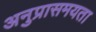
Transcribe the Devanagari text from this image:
अनुप्रासमयता